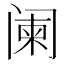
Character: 阑